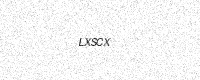
Text: LXSCX